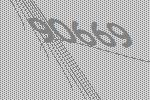
90669